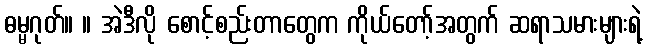
ဓမ္မဂုတ်။ ။ အဲဒီလို စောင့်စည်းတာတွေက ကိုယ်တော့်အတွက် ဆရာသမားများရဲ့